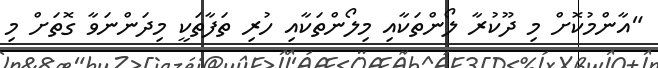
"އާންމުކޮށް މި ދޫކުރާ ލޯޯންތަކާއި މިލޯންތަކާއި ހުރި ތަފާތަކީ މިދަންނަވާ ގޮތަށް މި